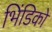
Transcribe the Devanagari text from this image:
भिंडिको